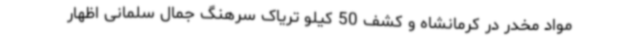
مواد مخدر در کرمانشاه و کشف 50 کیلو تریاک سرهنگ جمال سلمانی اظهار